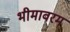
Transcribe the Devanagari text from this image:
भीमावरम